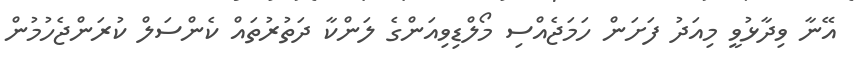
އޭނާ ވިދާޅުވީ މިއަދު ފަށަން ހަމަޖެއްސި މޯލްޑިވިއަންގެ ލަންކާ ދަތުރުތައް ކެންސަލް ކުރަންޖެހުމުން